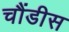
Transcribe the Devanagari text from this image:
चौंडीस